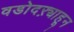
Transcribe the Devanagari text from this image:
वडोदऱ्याहून